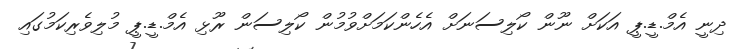
ދިނީ އެމް.ޑީ.ޕީ އަކަށް ނޫން ކޯލިސަނަށް އެހެންކަމަށްވުމުން ކޯލިސަން ރޫޅި އެމް.ޑީ.ޕީ މުލިވެރިކަމުގައި